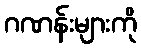
ဂဏန်းများကို